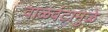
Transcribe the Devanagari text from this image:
वाळवंटामुळे